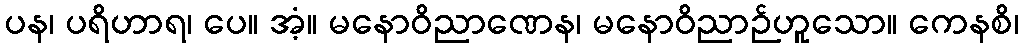
ပန၊ ပရိဟာရ၊ ပေ။ အံ့။ မနောဝိညာဏေန၊ မနောဝိညာဉ်ဟူသော။ ကေနစိ၊